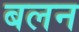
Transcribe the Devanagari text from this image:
बलन